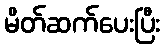
မိတ်ဆက်ပေးပြီး